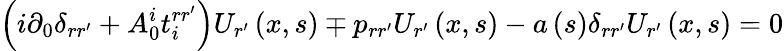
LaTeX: \left(i\partial_{0}\delta_{rr^{\prime}}+A_{0}^{i}t_{i}^{rr^{\prime}}\right)U_{r^{\prime}}\left(x,s\right)\mp p_{rr^{\prime}}U_{r^{\prime}}\left(x,s\right)-a\left(s\right)\delta_{rr^{\prime}}U_{r^{\prime}}\left(x,s\right)=0